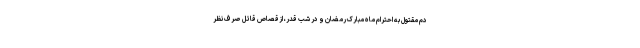
دم مقتول به احترام ماه مبارک رمضان و در شب قدر، ازقصاص قاتل صرف نظر